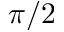
\pi / 2